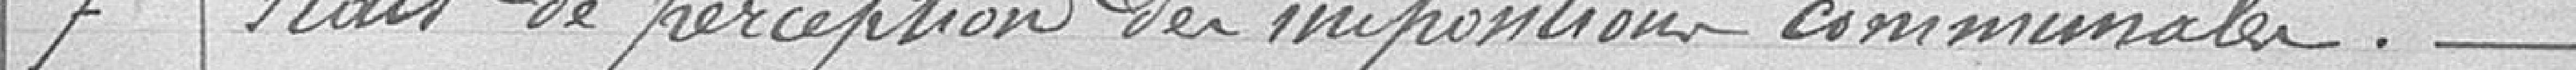
7 / Frais de perception des impositions communales